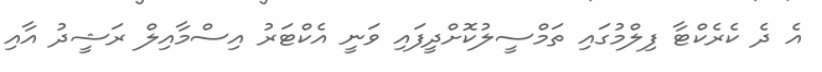
އެ ދެ ކެރެކްޓާ ފިލްމުގައި ތަމްސީލުކޮށްދީފައި ވަނީ އެކްޓަރު އިސްމާއިލް ރަޝީދު އާއި